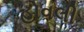
હોવલી